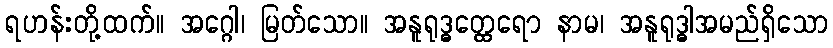
ရဟန်းတို့ထက်။ အဂ္ဂေါ၊ မြတ်သော။ အနူရုဒ္ဓတ္ထေရော နာမ၊ အနူရုဒ္ဓါအမည်ရှိသော